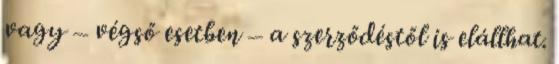
vagy – végső esetben – a szerződéstől is elállhat.